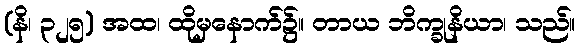
(နိ၊ ၃၂၅) အထ၊ ထိုမှနောက်၌။ တာယ ဘိက္ခုနိယာ၊ သည်။